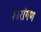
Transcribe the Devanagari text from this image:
खरांगण